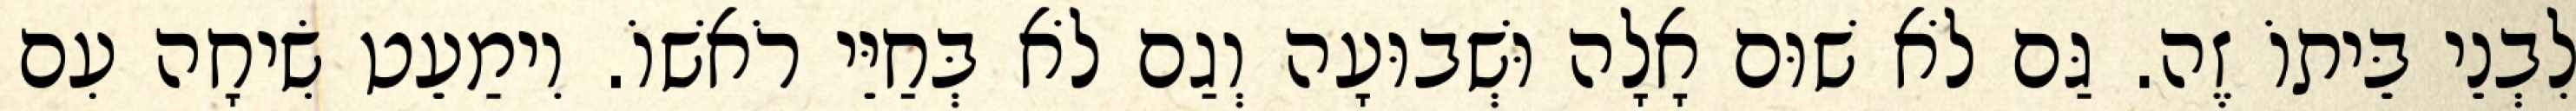
לִבְנֵי בֵּיתוֹ זֶה. גַּם לֹא שׁוּם אָלָה וּשְׁבוּעָה וְגַם לֹא בְּחַיֵּי רֹאשׁוֹ. וִימַעֵט שִׂיחָה עִם